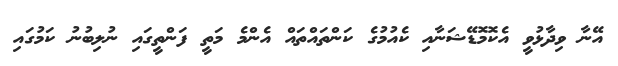
އޭނާ ވިދާޅުވީ އެކޮމޮޑޭޝަނާއި ކެއުމުގެ ކަންތައްތައް އެންމެ މަތީ ފަންތީގައި ނުލިބުނު ކަމުގައި